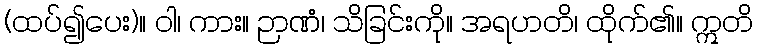
(ထပ်၍ပေး)။ ဝါ၊ ကား။ ဉာဏံ၊ သိခြင်းကို။ အရဟတိ၊ ထိုက်၏။ ဣတိ